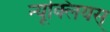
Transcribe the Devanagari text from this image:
न्यूक्लियस्